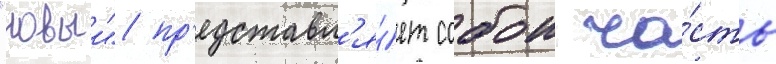
"новыи" пр'едставл'я́ет собои ча́сть